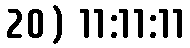
20) 11:11:11